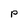
Character: P